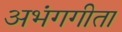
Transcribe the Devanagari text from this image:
अभंगगीता